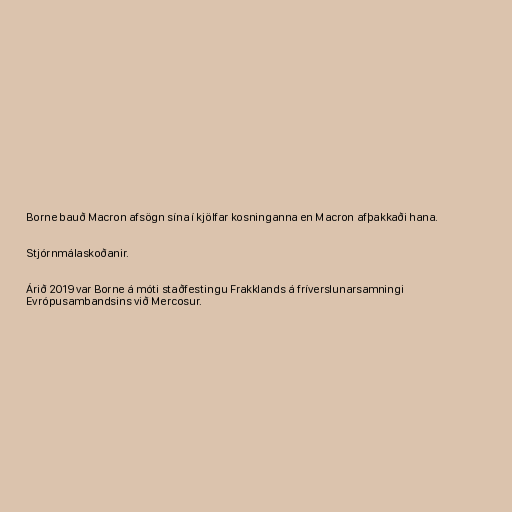
Borne bauð Macron afsögn sína í kjölfar kosninganna en Macron afþakkaði hana.

Stjórnmálaskoðanir.

Árið 2019 var Borne á móti staðfestingu Frakklands á fríverslunarsamningi
Evrópusambandsins við Mercosur.